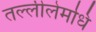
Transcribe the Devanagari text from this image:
तल्लीलेमधि